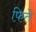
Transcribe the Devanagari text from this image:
फिते